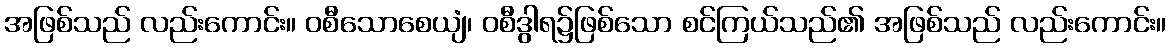
အဖြစ်သည် လည်းကောင်း။ ဝစီသောစေယျံ၊ ဝစီဒွါရ၌ဖြစ်သော စင်ကြယ်သည်၏ အဖြစ်သည် လည်းကောင်း။